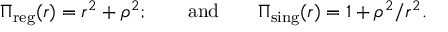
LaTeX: \Pi _ { \mathrm { r e g } } ( r ) = r ^ { 2 } + \rho ^ { 2 } ; \qquad \mathrm { a n d } \qquad \Pi _ { \mathrm { s i n g } } ( r ) = 1 + \rho ^ { 2 } / r ^ { 2 } .